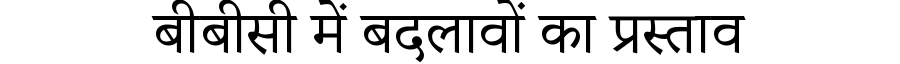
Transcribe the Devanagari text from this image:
बीबीसी में बदलावों का प्रस्ताव